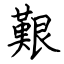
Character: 艱